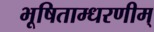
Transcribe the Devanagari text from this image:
भूषिताम्धरणीम्